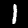
Digit: 1